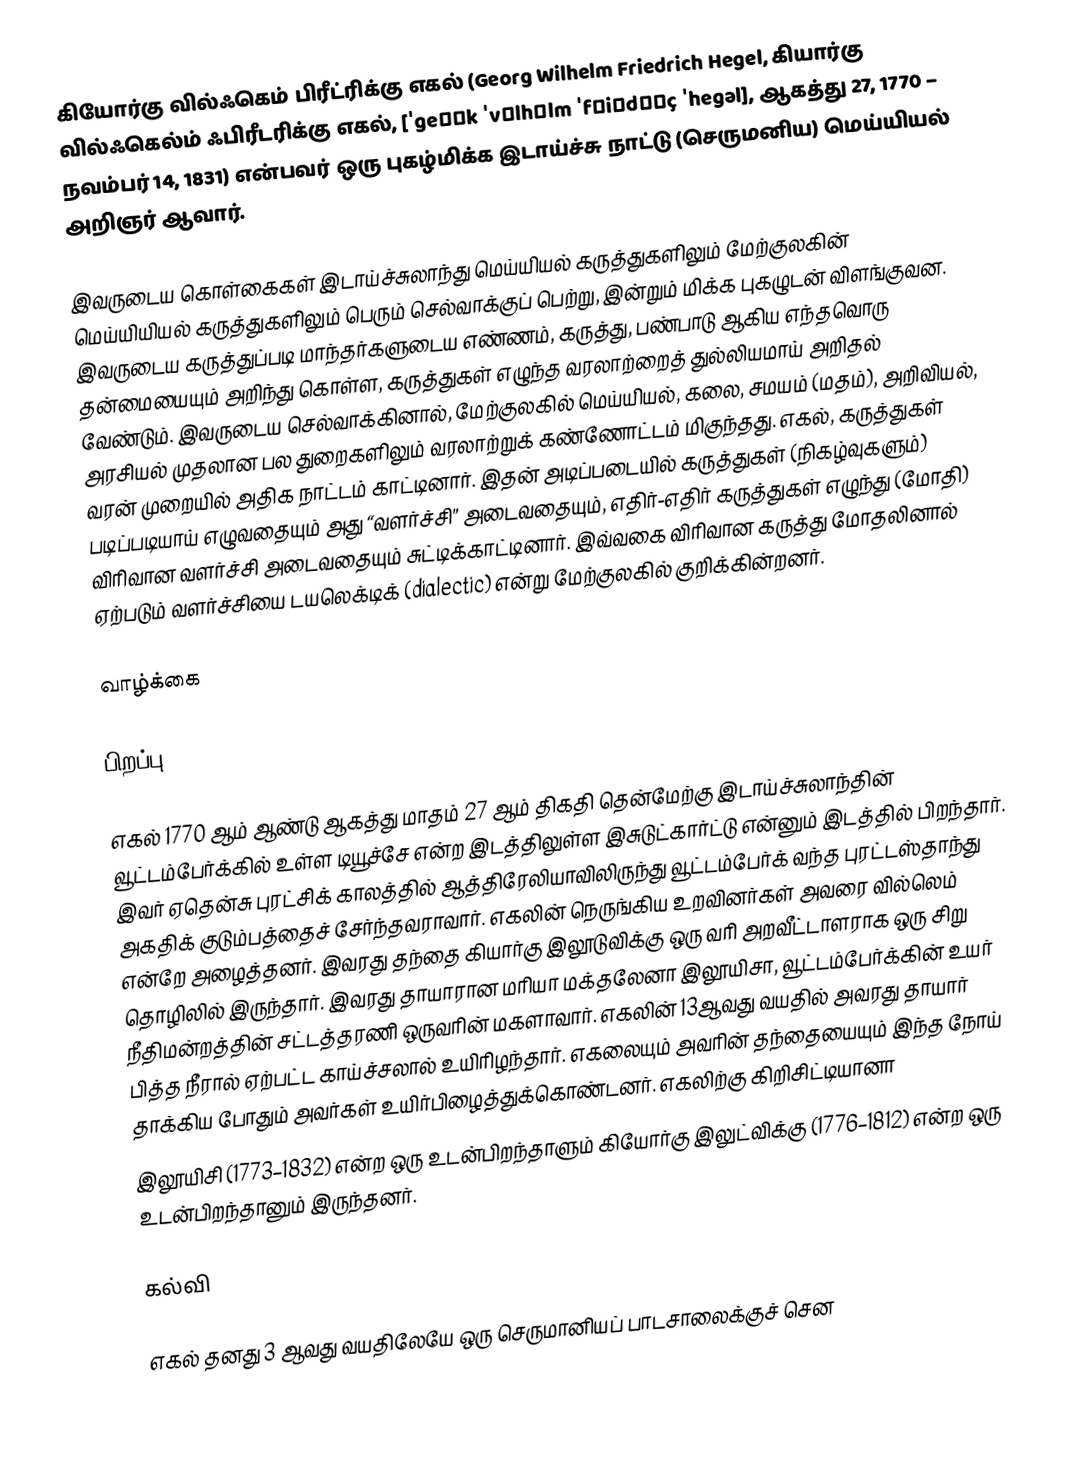
கியோர்கு வில்ஃகெம் பிரீட்ரிக்கு எகல் (Georg Wilhelm Friedrich Hegel, கியார்கு வில்ஃகெல்ம் ஃபிரீடரிக்கு எகல், [ˈgeɔʁk ˈvɪlhɛlm ˈfʁiːdʁɪç ˈhegəl], ஆகத்து 27, 1770 – நவம்பர் 14, 1831) என்பவர் ஒரு புகழ்மிக்க இடாய்ச்சு நாட்டு (செருமனிய) மெய்யியல் அறிஞர் ஆவார்.

இவருடைய கொள்கைகள் இடாய்ச்சுலாந்து மெய்யியல் கருத்துகளிலும் மேற்குலகின் மெய்யியியல் கருத்துகளிலும் பெரும் செல்வாக்குப் பெற்று, இன்றும் மிக்க புகழுடன் விளங்குவன. இவருடைய கருத்துப்படி மாந்தர்களுடைய எண்ணம், கருத்து, பண்பாடு ஆகிய எந்தவொரு தன்மையையும் அறிந்து கொள்ள, கருத்துகள் எழுந்த வரலாற்றைத் துல்லியமாய் அறிதல் வேண்டும். இவருடைய செல்வாக்கினால், மேற்குலகில் மெய்யியல், கலை, சமயம் (மதம்), அறிவியல், அரசியல் முதலான பல துறைகளிலும் வரலாற்றுக் கண்ணோட்டம் மிகுந்தது. எகல், கருத்துகள் வரன் முறையில் அதிக நாட்டம் காட்டினார். இதன் அடிப்படையில் கருத்துகள் (நிகழ்வுகளும்) படிப்படியாய் எழுவதையும் அது “வளர்ச்சி” அடைவதையும், எதிர்-எதிர் கருத்துகள் எழுந்து (மோதி) விரிவான வளர்ச்சி அடைவதையும் சுட்டிக்காட்டினார். இவ்வகை விரிவான கருத்து மோதலினால் ஏற்படும் வளர்ச்சியை டயலெக்டிக் (dialectic) என்று மேற்குலகில் குறிக்கின்றனர்.

வாழ்க்கை

பிறப்பு

எகல் 1770 ஆம் ஆண்டு ஆகத்து மாதம் 27 ஆம் திகதி தென்மேற்கு இடாய்ச்சுலாந்தின் வூட்டம்பேர்க்கில் உள்ள டியூச்சே என்ற இடத்திலுள்ள இசுடுட்கார்ட்டு என்னும் இடத்தில் பிறந்தார். இவர் ஏதென்சு புரட்சிக் காலத்தில் ஆத்திரேலியாவிலிருந்து வூட்டம்பேர்க் வந்த புரட்டஸ்தாந்து அகதிக் குடும்பத்தைச் சேர்ந்தவராவார். எகலின் நெருங்கிய உறவினர்கள் அவரை வில்லெம் என்றே அழைத்தனர். இவரது தந்தை கியார்கு இலூடுவிக்கு ஒரு வரி அறவீட்டாளராக ஒரு சிறு தொழிலில் இருந்தார். இவரது தாயாரான மரியா மக்தலேனா  இலூயிசா, வூட்டம்பேர்க்கின் உயர் நீதிமன்றத்தின் சட்டத்தரணி ஒருவரின் மகளாவார். எகலின் 13ஆவது வயதில் அவரது தாயார் பித்த நீரால் ஏற்பட்ட காய்ச்சலால் உயிரிழந்தார். எகலையும் அவரின் தந்தையையும் இந்த நோய் தாக்கிய போதும் அவர்கள் உயிர்பிழைத்துக்கொண்டனர். எகலிற்கு கிறிசிட்டியானா
இலூயிசி (1773–1832) என்ற ஒரு உடன்பிறந்தாளும் கியோர்கு இலுட்விக்கு (1776–1812) என்ற ஒரு உடன்பிறந்தானும் இருந்தனர்.

கல்வி

எகல் தனது 3 ஆவது வயதிலேயே ஒரு செருமானியப் பாடசாலைக்குச் சென